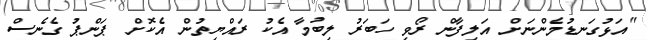
"އަޅުގަނޑުމެންނަށް އަލިފާން ރޯވި ހަބަރު ލިބުމާ އެކު ރައްޔިތުން އެކޮށް ޕަންޕު ގެނެސް